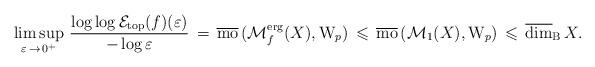
LaTeX: \begin{align*}\limsup_{\varepsilon\,\to\,0^+}\,\frac{\log \log\mathcal E_{\mathrm{top}}(f)(\varepsilon)}{-\log\varepsilon} \,=\, \overline{ \mathrm{mo}}\,(\mathcal M_f^{\mathrm{erg}}(X),\mathrm W_p) \,\leqslant\, \overline{ \mathrm{mo}}\,(\mathcal M_1(X),\mathrm W_p) \,\leqslant \, \mathrm{\overline{dim}_B}\, X.\end{align*}